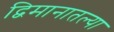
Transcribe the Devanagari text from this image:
द्विमानातल्या